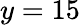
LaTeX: y=15